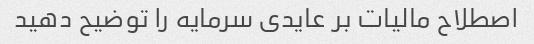
اصطلاح مالیات بر عایدی سرمایه را توضیح دهید